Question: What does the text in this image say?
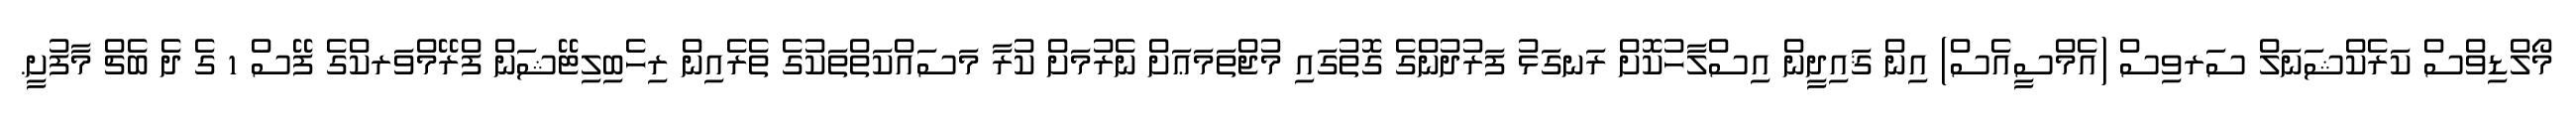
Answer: މޯލްޑިވްސް ކަރެކްޝަނަލް ސަރވިސް (އެމްސީއެސް) އިން ޤައިދީން އިސްލާހުކޮށް ރަނގަޅު ފަރުދުންގެ ގޮތުގައި މުޖްތަމަޢަށް ނެރުމަށް ކުރާ މަސައްކަތްތަކުގެ ތެރެއިން ރިހެބިލިޓޭޝަން ފްރޭމްވަރކްގެ ފޭސް 1 ގެ ދެ ބެޗް މާފުށީ.